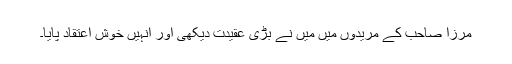
مرزا صاحب کے مریدوں میں مَیں نے بڑی عقیدت دیکھی اور انہیں خوش اعتقاد پایا۔